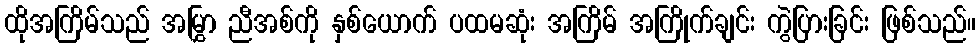
ထိုအကြိမ်သည် အမြွှာ ညီအစ်ကို နှစ်ယောက် ပထမဆုံး အကြိမ် အကြိုက်ချင်း ကွဲပြားခြင်း ဖြစ်သည်။